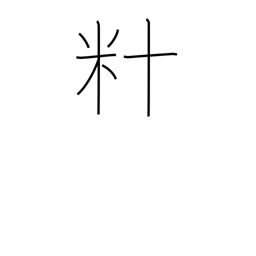
Meaning: dekametre